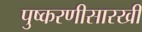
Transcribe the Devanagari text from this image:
पुष्करणीसारखी